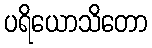
ပရိယောသိတော